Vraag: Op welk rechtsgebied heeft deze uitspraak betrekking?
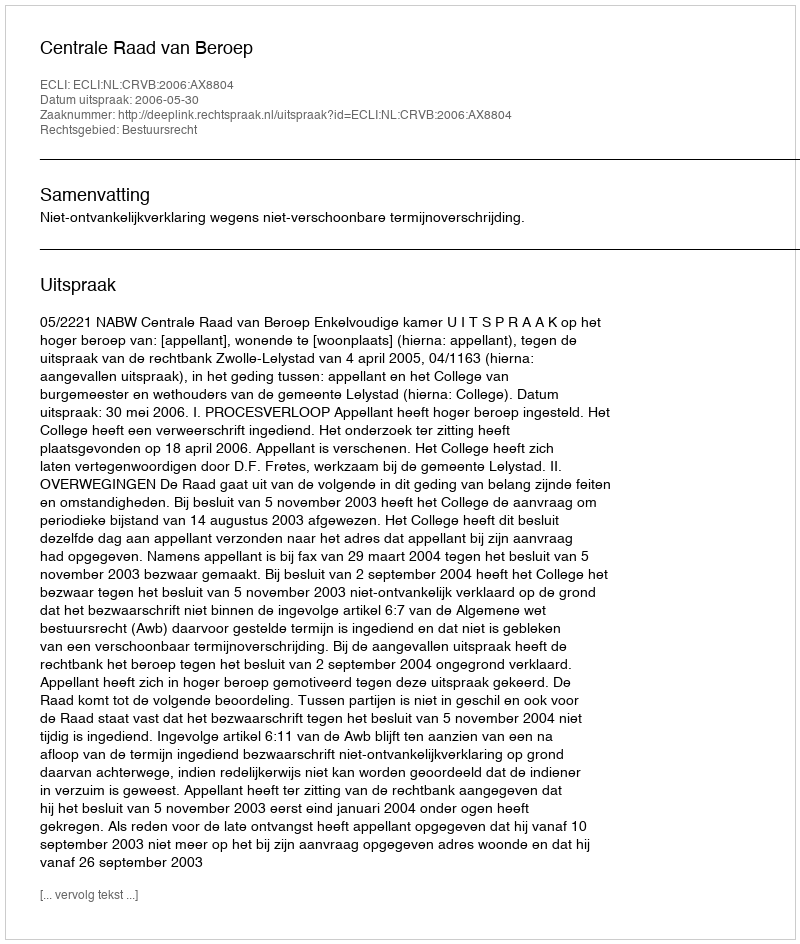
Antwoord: Bestuursrecht